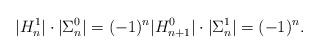
LaTeX: \begin{align*}|H_{n}^{1}|\cdot |\Sigma _{n}^{0}| =(-1)^n |H_{n+1}^{0}|\cdot |\Sigma _{n}^{1}|=(-1)^n.\end{align*}